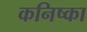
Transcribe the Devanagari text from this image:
कनिष्का